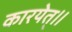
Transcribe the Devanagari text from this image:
कारयेत्॥